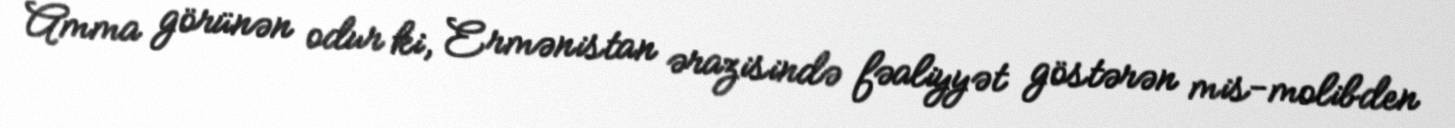
Amma görünən odur ki, Ermənistan ərazisində fəaliyyət göstərən mis-molibden